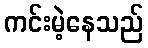
ကင်းမဲ့နေသည်